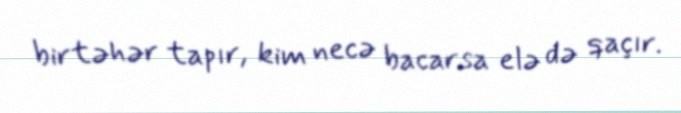
birtəhər tapır, kim necə bacarsa elə də qaçır.